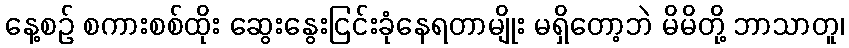
နေ့စဉ် စကားစစ်ထိုး ဆွေးနွေးငြင်းခုံနေရတာမျိုး မရှိတော့ဘဲ မိမိတို့ ဘာသာတူ၊